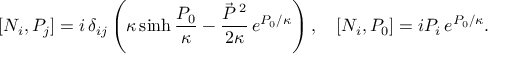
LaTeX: [ N _ { i } , { \cal P } _ { j } ] = i \, \delta _ { i j } \left( \kappa \sinh \frac { { \cal P } _ { 0 } } \kappa - \frac { \vec { { \cal P } } \, { } ^ { 2 } } { 2 \kappa } \, e ^ { { \cal P } _ { 0 } / \kappa } \right) , \quad [ N _ { i } , { \cal P } _ { 0 } ] = i { \cal P } _ { i } \, e ^ { { \cal P } _ { 0 } / \kappa } .